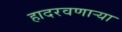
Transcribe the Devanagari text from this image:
हादरवणार्‍या